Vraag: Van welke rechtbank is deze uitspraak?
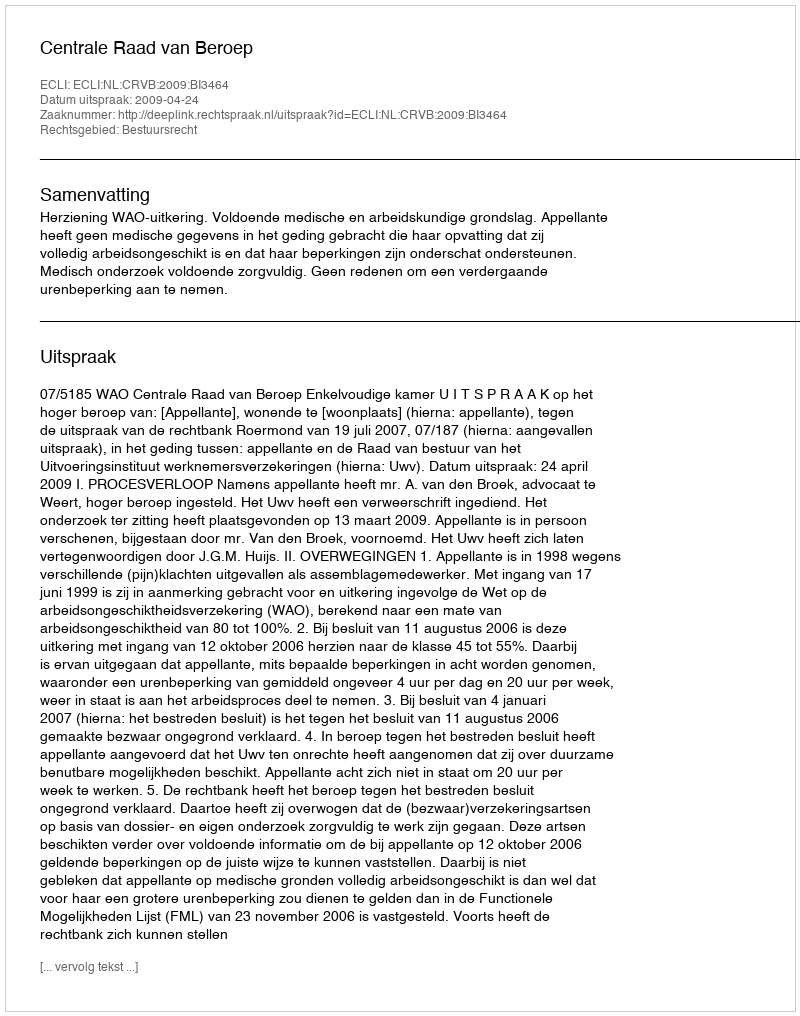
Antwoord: Centrale Raad van Beroep